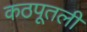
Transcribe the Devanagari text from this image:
कठपूतली